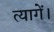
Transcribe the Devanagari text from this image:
त्यागें।